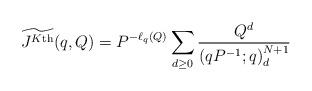
LaTeX: \begin{align*} \widetilde{J^{K\textnormal{th}}}(q,Q) = P^{-\ell_q(Q)} \sum_{d \geq 0} \frac{Q^d}{\left(qP^{-1};q\right)_d^{N+1}} \end{align*}